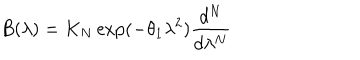
B ( \lambda ) = K _ { N } \exp ( - \theta _ { 1 } \lambda ^ { 2 } ) \frac { d ^ { N } } { d \lambda ^ { N } }